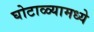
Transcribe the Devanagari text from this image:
घोटाळ्यामध्ये